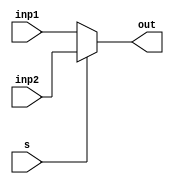
module MUX2_5(inp1,inp2,s,out);
    input [4:0] inp1,inp2;
    input s; 
    output wire [4:0] out;
    assign out = s ? inp2 : inp1;
endmodule